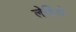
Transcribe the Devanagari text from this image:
लेहिले